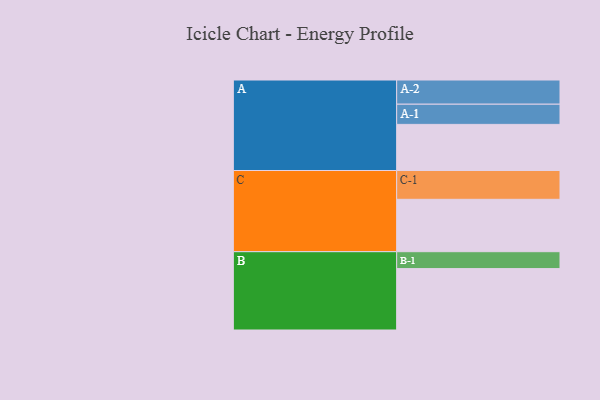
{"axis": {"x": "Segment", "y": "Value"}, "legend": ["", "A", "B", "C"], "data": [{"x": "A", "y": 450, "type": ""}, {"x": "B", "y": 599, "type": ""}, {"x": "C", "y": 511, "type": ""}, {"x": "A-1", "y": 197, "type": "A"}, {"x": "A-2", "y": 236, "type": "A"}, {"x": "B-1", "y": 165, "type": "B"}, {"x": "C-1", "y": 281, "type": "C"}]}